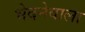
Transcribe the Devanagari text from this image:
भेदनेवाला